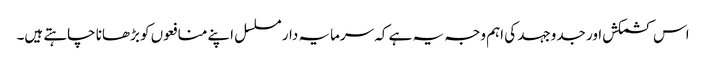
اس کشمکش اور جدوجہد کی اہم وجہ یہ ہے کہ سرمایہ دار مسلسل اپنے منافعوں کو بڑھانا چاہتے ہیں۔